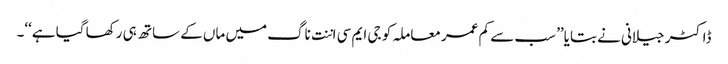
ڈاکٹر جیلانی نے بتایا’’ سب سے کم عمر معاملہ کو جی ایم سی اننت ناگ میں ماں کے ساتھ ہی رکھا گیا ہے‘‘۔